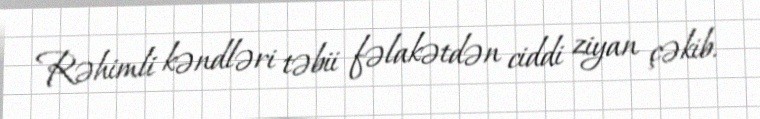
Rəhimli kəndləri təbii fəlakətdən ciddi ziyan çəkib.